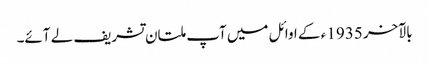
بالآخر 1935 ء کے اوائل میں آپ ملتان تشریف لے آئے۔